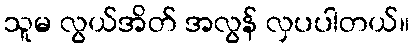
သူမ လွယ်အိတ် အလွန် လှပပါတယ်။